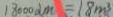
1 8 0 0 0 d m = 1 8 m ^ { 3 }